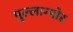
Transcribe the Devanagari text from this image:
मुल्लाग्मोर